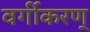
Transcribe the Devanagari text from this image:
वर्गीकरण्